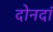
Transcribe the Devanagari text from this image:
दोनदां